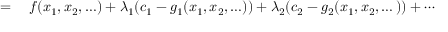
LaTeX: \begin{array} { r l } { = { } } & { { } f ( x _ { 1 } , x _ { 2 } , \ldots ) + \lambda _ { 1 } ( c _ { 1 } - g _ { 1 } ( x _ { 1 } , x _ { 2 } , \ldots ) ) + \lambda _ { 2 } ( c _ { 2 } - g _ { 2 } ( x _ { 1 } , x _ { 2 } , \dots ) ) + \cdots } \end{array}